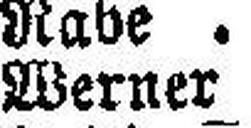
Werner